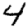
Digit: 4